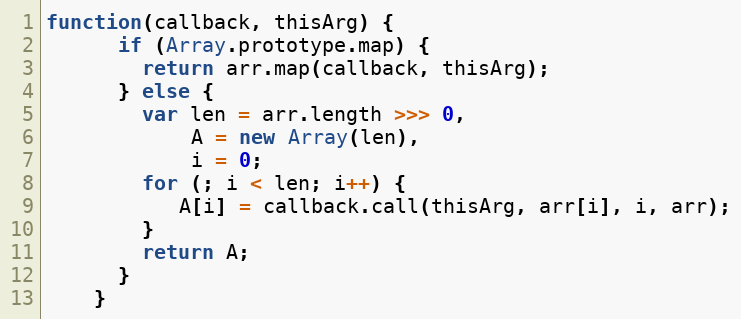
Language: JavaScript
function(callback, thisArg) {
      if (Array.prototype.map) {
        return arr.map(callback, thisArg);
      } else {
        var len = arr.length >>> 0,
            A = new Array(len),
            i = 0;
        for (; i < len; i++) {
           A[i] = callback.call(thisArg, arr[i], i, arr);
        }
        return A;
      }
    }